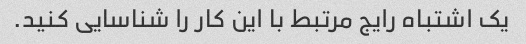
یک اشتباه رایج مرتبط با این کار را شناسایی کنید.